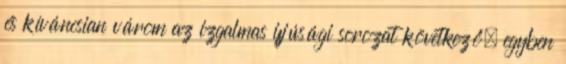
és kíváncsian várom az izgalmas ifjúsági sorozat következő, egyben